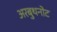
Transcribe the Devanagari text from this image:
अरबुथनोट